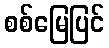
စစ်မြေပြင်